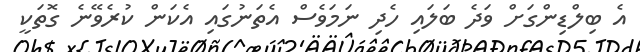
އެ ބިލްޑިންގަށް ވަދެ ބަލައި ހެދި ނަމަވެސް އެތަނުގައި އެކަން ކުރެވޭނެ ގޮތަކީ